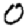
Digit: 0